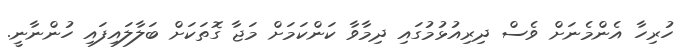
ހުރިހާ އެންމެނަށް ވެސް ދިރިއުޅުމުގައި ދިމާވާ ކަންކަމަށް މަޖާ ގޮތަކަށް ބަލާލައިފައި ހުންނާނީ.